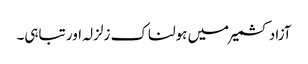
آزاد کشمیر میں ہولناک زلزلہ اور تباہی۔